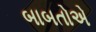
બાબતોએ